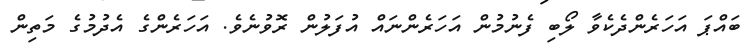
ބައްޕަ އަހަރެންދެކެވާ ލޯބި ފެނުމުން އަހަރެންނައް އުފަލުން ރޮވުނެވެ. އަހަރެންގެ އެދުމުގެ މަތިން